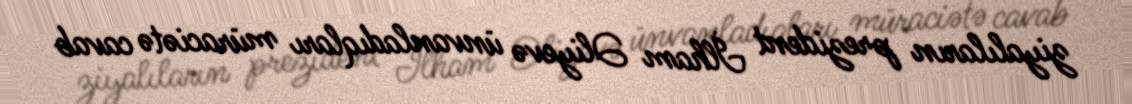
ziyalıların prezident İlham Əliyevə ünvanladıqları müraciətə cavab